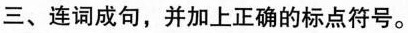
三、连词成句,并加上正确的标点符号。